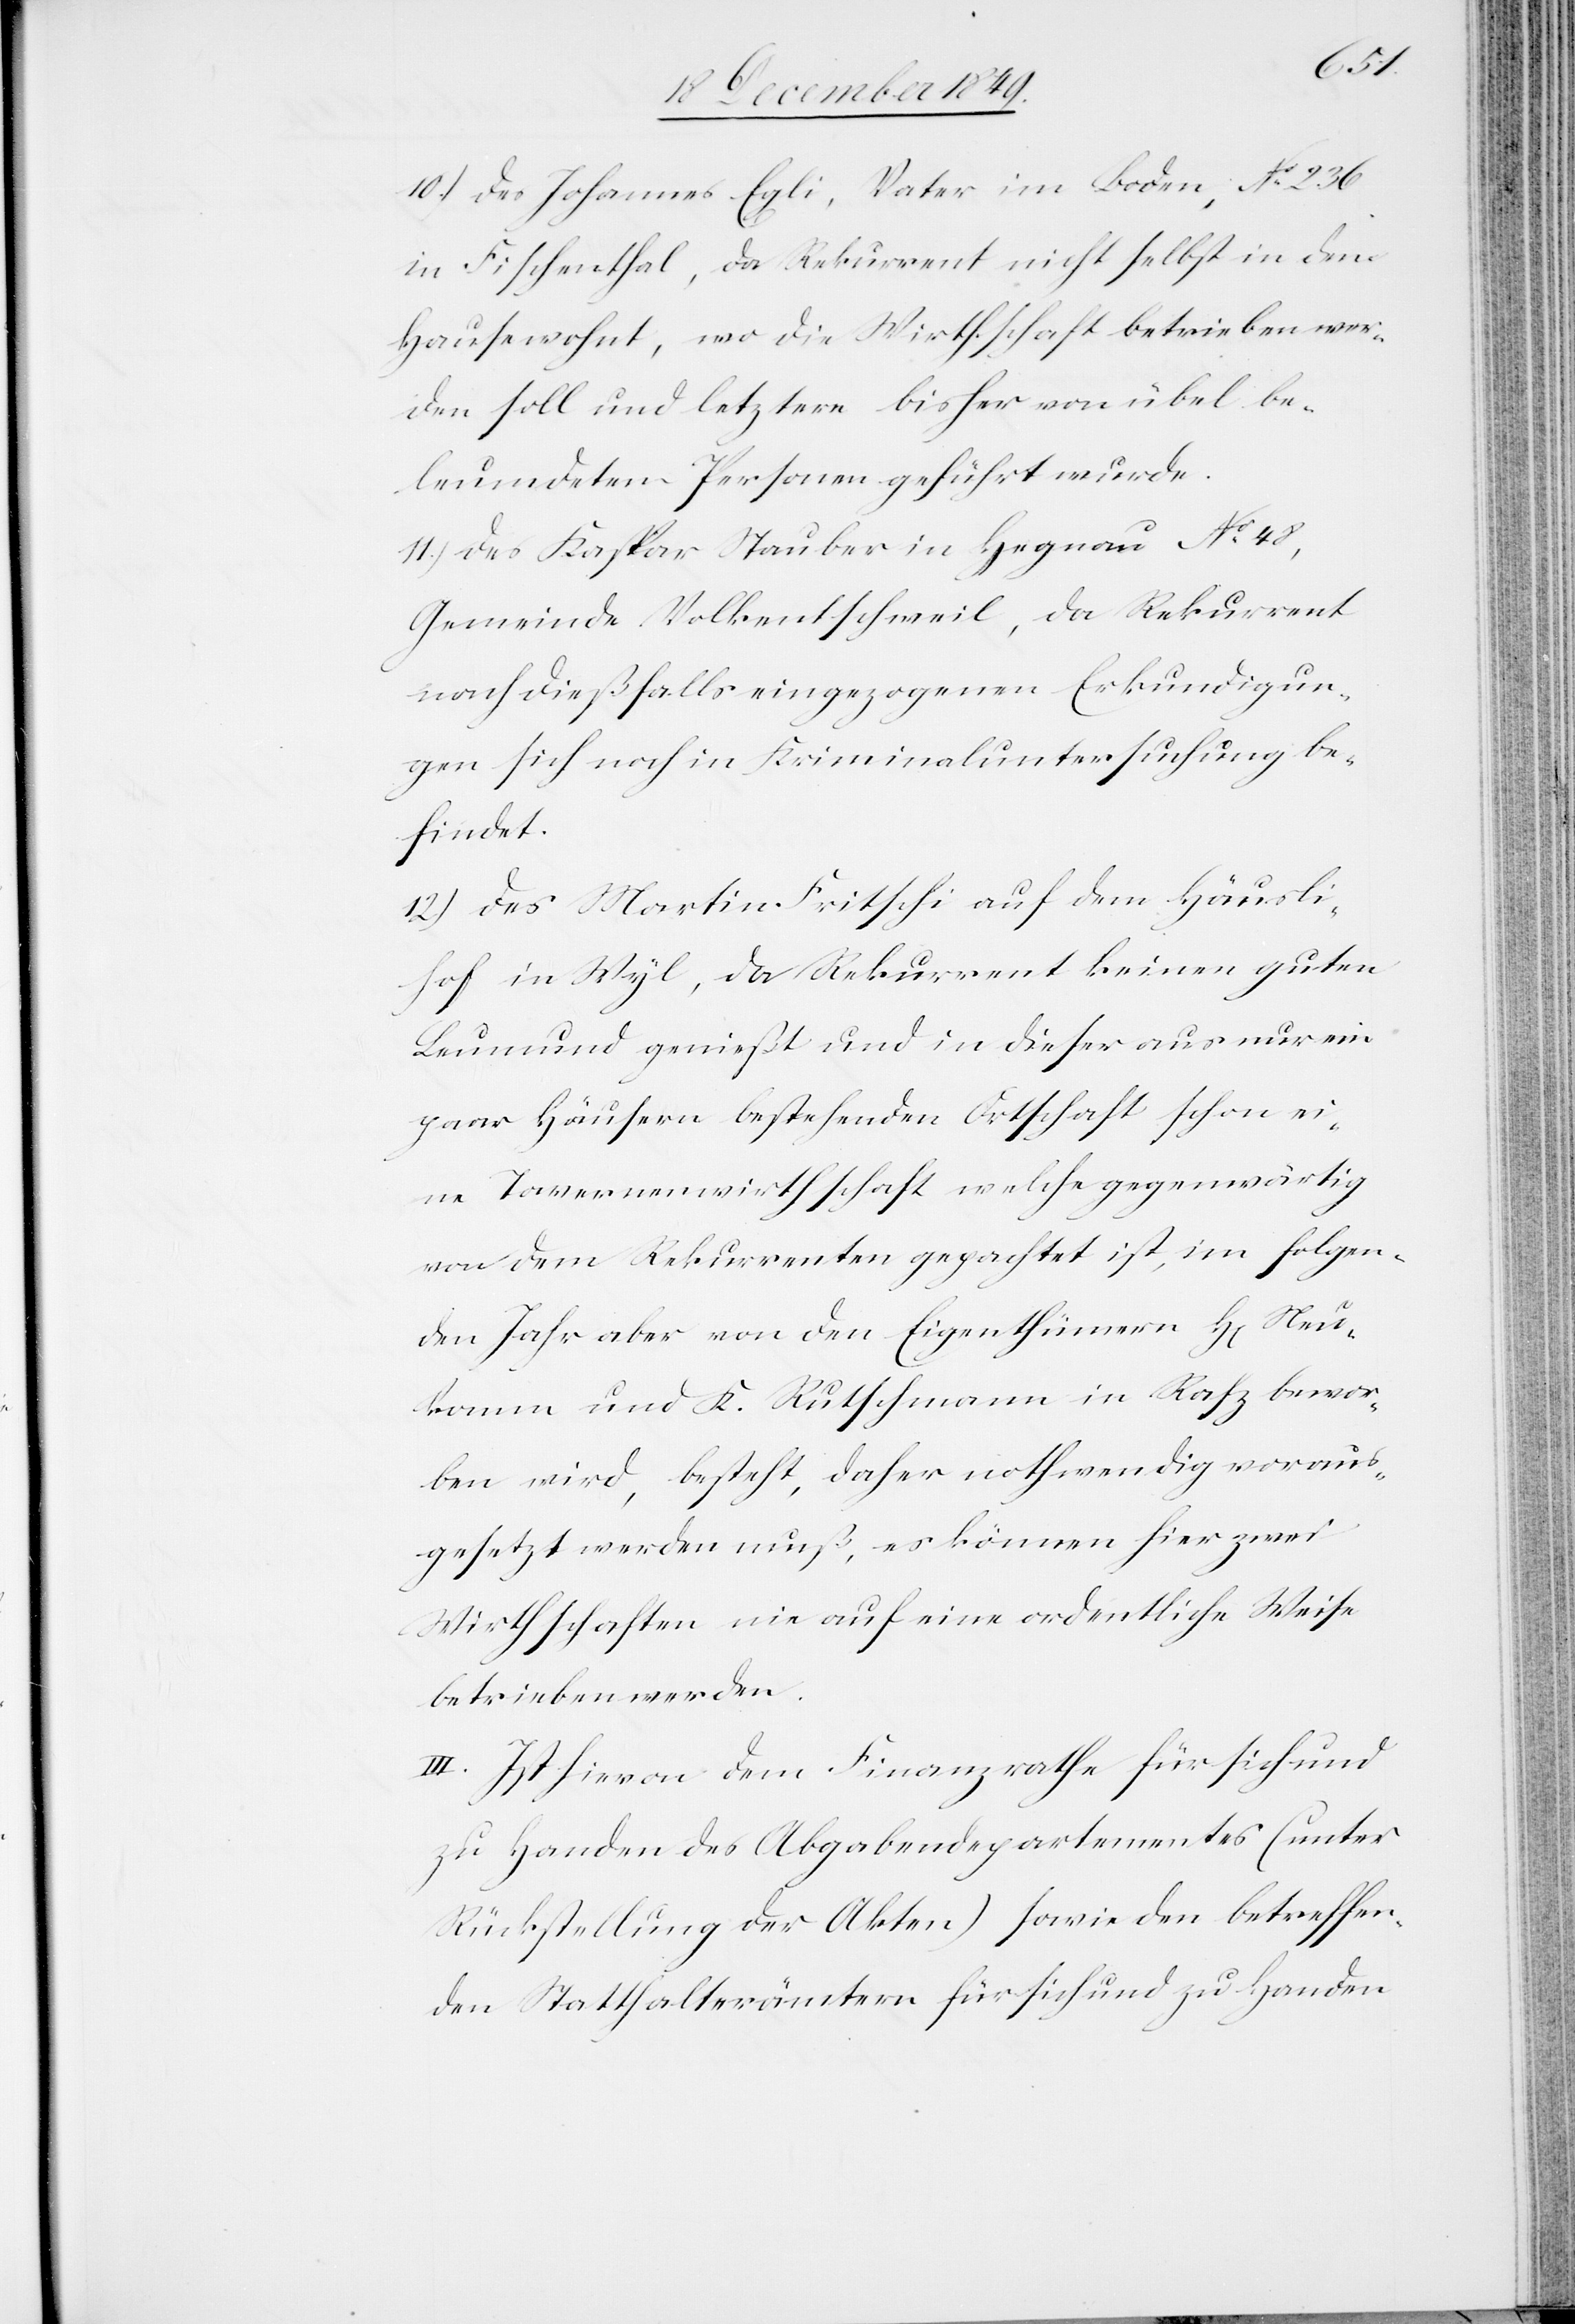
10.) des Johannes Egli, Vater im Boden, N° 236
in Fischenthal, da Rekurrent nicht selbst in dem
Hause wohnt, wo die Wirthschaft betrieben wer¬
den soll und letztere bisher von übel be¬
leumdeten Personen geführt wurde.
11.) des Kaspar Stauber in Hegnau N° 48,
Gemeinde Volkentschweil, da Rekurrent
nach dießfalls eingezogenen Erkundigun¬
gen sich noch in Kriminaluntersuchung be¬
findet.
12.) des Martin Fritschi auf dem Häusli¬
hof in Wyl, da Rekurrent keinen guten
Leumund genießt und in dieser aus nur ein
paar Häusern bestehenden Ortschaft schon ei¬
ne Tavernenwirthschaft welche gegenwärtig
von dem Rekurrenten gepachtet ist, im folgen¬
den Jahr aber von den Eigenthümern H[errn] Neu¬
komm und K. Rutschmann in Rafz bewor¬
ben wird, besteht, daher nothwendig voraus¬
gesetzt werden muß, es können hier zwei
Wirthschaften nie auf eine ordentliche Weise
betrieben werden.
III. Ist hievon dem Finanzrathe für sich und
zu Handen des Abgabendepartementes (unter
Rückstellung der Akten) sowie den betreffen¬
den Statthalterämtern für sich und zu Handen